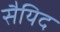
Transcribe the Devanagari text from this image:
सैयिद